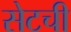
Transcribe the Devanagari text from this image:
सेटची